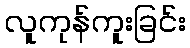
လူကုန်ကူးခြင်း